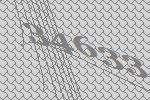
34633